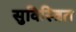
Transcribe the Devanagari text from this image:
सुविस्त्रित